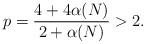
LaTeX: \begin{align*}\displaystyle p=\frac{4+4\alpha(N)}{2+\alpha(N)}>2.\end{align*}